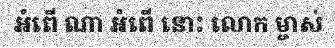
អំពើ ណា អំពើ នោះ លោក ម្ចាស់